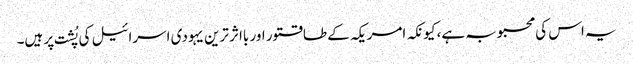
یہ اس کی محبوبہ ہے، کیونکہ امریکہ کے طاقتور اور بااثر ترین یہودی اسرائیل کی پُشت پر ہیں۔